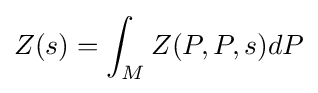
\displaystyle Z(s)=\int _{M}Z(P,P,s)dP